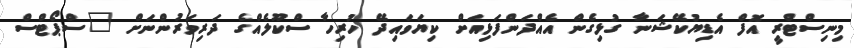
މިނިސްޓްރީ އޮފް އެޑިޔުކޭޝަނާ ގުޅިގެން އެއްދަންފަޅިއަށް ކިޔަވައިދޭ ހުރިހާ ސްކޫލެއްގެ ދަރިވަރުންނަށް "ސްޕޯޓްސް